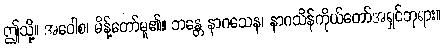
ဤသို့။ အဝေါစ၊ မိန့်တော်မူ၏။ ဘန္တေ နာဂသေန၊ နာဂသိန်ကိုယ်တော်အရှင်ဘုရား။